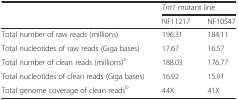
<table><thead><tr><td rowspan="2"></td><td colspan="2"><b><i>Tnt1</i> mutant line</b></td></tr><tr><td><b>NF11217</b></td><td><b>NF10547</b></td></tr></thead><tbody><tr><td>Total number of raw reads (millions)</td><td>196.31</td><td>184.11</td></tr><tr><td>Total nucleotides of raw reads (Giga bases)</td><td>17.67</td><td>16.57</td></tr><tr><td>Total number of clean reads (millions)<sup>a</sup></td><td>188.03</td><td>176.77</td></tr><tr><td>Total nucleotides of clean reads (Giga bases)</td><td>16.92</td><td>15.91</td></tr><tr><td>Total genome coverage of clean reads<sup>b</sup></td><td>44X</td><td>41X</td></tr></tbody></table>